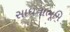
સાધનાભૂમિ